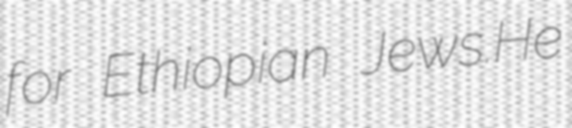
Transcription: for Ethiopian Jews.He